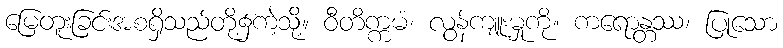
မြေတူးခြင်းအစရှိသည်တို့၌ကဲ့သို့။ ဝီတိက္ကမံ၊ လွန်ကျူးမှုကို။ ကရောန္တဿ၊ ပြုသော